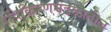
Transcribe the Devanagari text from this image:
रविकिरणमंडळातील